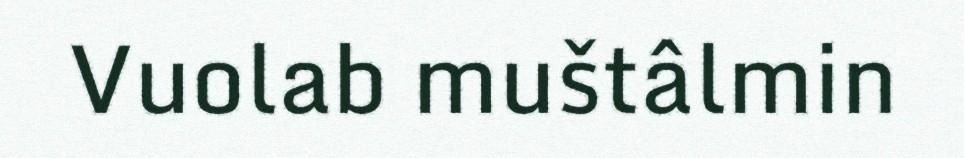
Vuolab muštâlmin